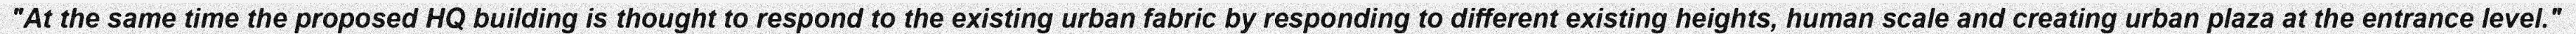
"At the same time the proposed HQ building is thought to respond to the existing urban fabric by responding to different existing heights, human scale and creating urban plaza at the entrance level."